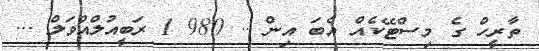
ތާރީހް ގެ މިސްޓޭކެއް އެބަ އިން .. 980 1 ރަބީއުލްއްވަލް ...